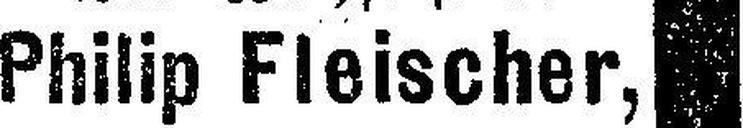
Philip Fleischer,